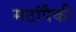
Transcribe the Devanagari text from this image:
मठांपैकी